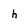
Character: h